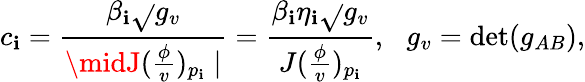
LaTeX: c_{\mathbf{i}}=\frac{{\beta_{\mathbf{i}}\sqrt{}{{g_{v}}}}}{{\midJ(\frac{\phi}{v})_{p_{\mathbf{i}}}\mid}}=\frac{{\beta_{\mathbf{i}}\eta_{\mathbf{i}}\sqrt{}{{g_{v}}}}}{{J(\frac{\phi}{v})_{p_{\mathbf{i}}}}},\, \, \, \, g_{v}=\operatorname*{det}(g_{AB}),